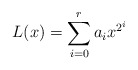
\begin{align*}L(x)=\sum_{i=0}^r a_ix^{2^i}\end{align*}